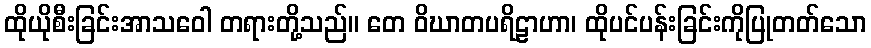
ထိုယိုစီးခြင်းအာသဝေါ တရားတို့သည်။ တေ ဝိဃာတပရိဠာဟာ၊ ထိုပင်ပန်းခြင်းကိုပြုတတ်သော